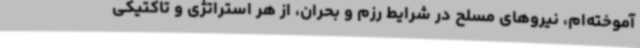
آموخته‌ام، نیروهای مسلح در شرایط رزم و بحران، از هر استراتژی و تاکتیکی